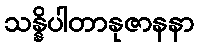
သန္နိပါတာနုဇာနနာ